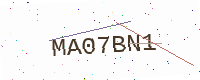
Text: MA07BN1